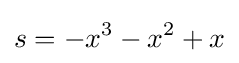
s=-x^{3}-x^{2}+x